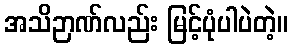
အသိဉာဏ်လည်း မြင့်ပုံပါပဲတဲ့။